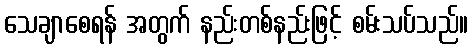
သေချာစေရန် အတွက် နည်းတစ်နည်းဖြင့် စမ်းသပ်သည်။